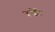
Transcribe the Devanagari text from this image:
कच्चेरि